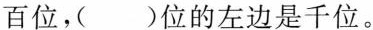
百位，()位的左边是千位。